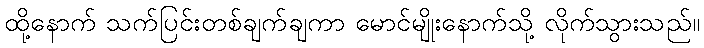
ထို့နောက် သက်ပြင်းတစ်ချက်ချကာ မောင်မျိုးနောက်သို့ လိုက်သွားသည်။